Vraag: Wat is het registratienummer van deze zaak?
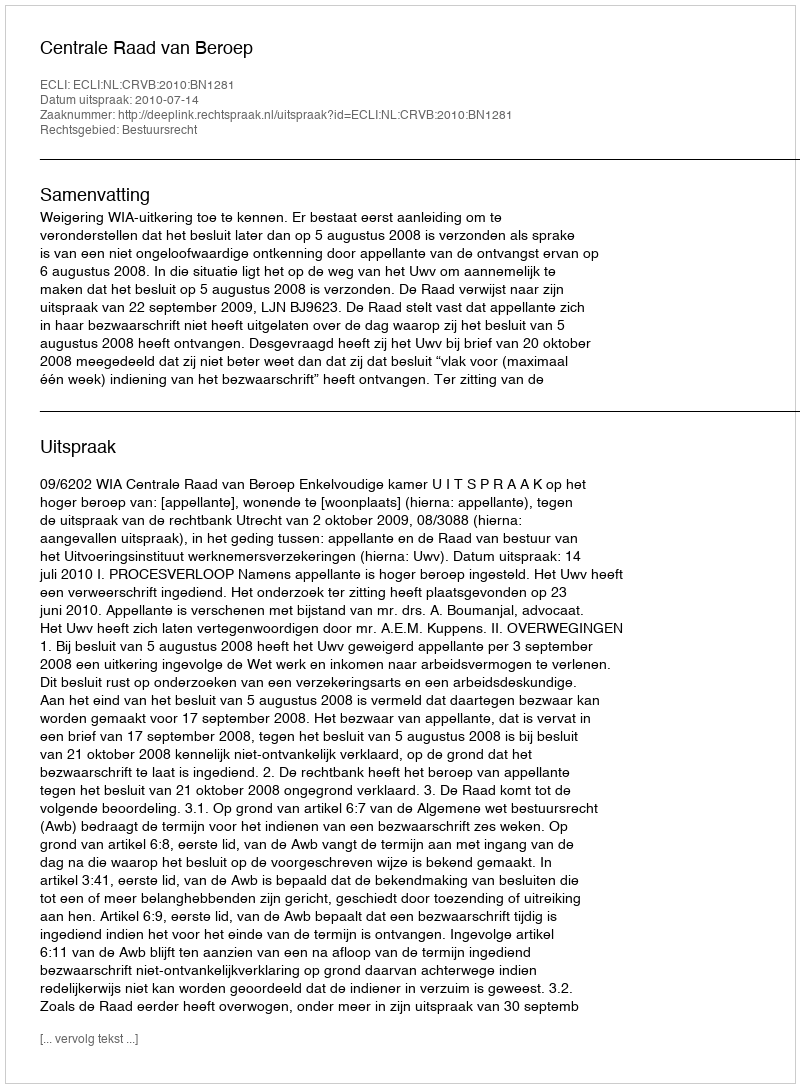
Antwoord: http://deeplink.rechtspraak.nl/uitspraak?id=ECLI:NL:CRVB:2010:BN1281